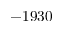
- 1 9 3 0